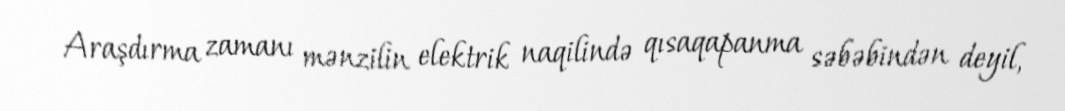
Araşdırma zamanı mənzilin elektrik naqilində qısaqapanma səbəbindən deyil,